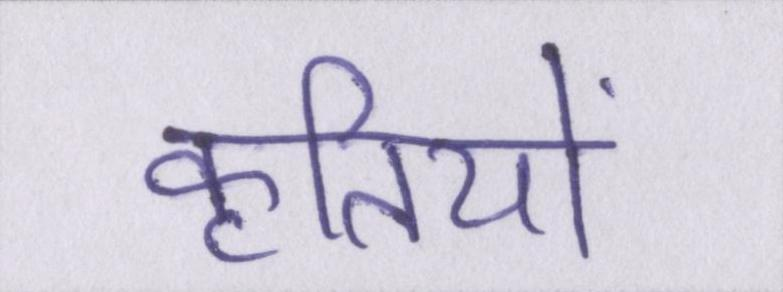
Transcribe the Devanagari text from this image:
कृतियों